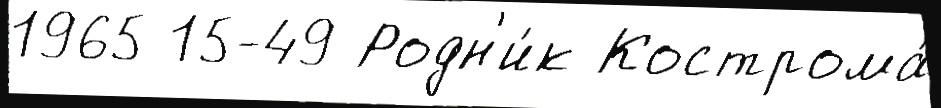
1965 15-49 Родн'и́к Кострома́